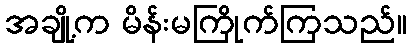
အချို့က မိန်းမကြိုက်ကြသည်။